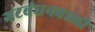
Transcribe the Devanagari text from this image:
गटबंधनवाली